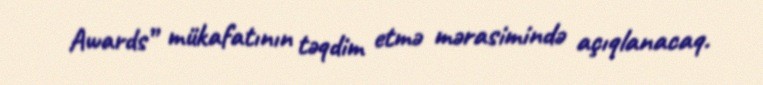
Awards” mükafatının təqdim etmə mərasimində açıqlanacaq.